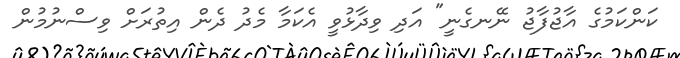
ކަންކަމުގެ އާޖުފާޖު ނޭނގެނީ" އަދި ވިދާޅުވީ އެކަމާ މެދު ދެން އިތުރަށް ވިސްނުމުން